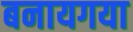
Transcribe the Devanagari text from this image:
बनायगया